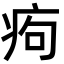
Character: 痀